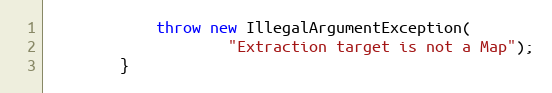
Language: Java
            throw new IllegalArgumentException(
                    "Extraction target is not a Map");
        }